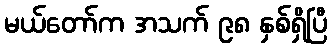
မယ်တော်က အသက် ၉၈ နှစ်ရှိပြီ